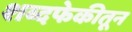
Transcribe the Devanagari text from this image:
शब्दफेकीतून